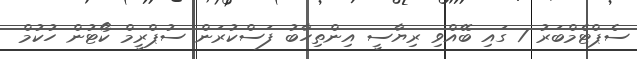
ސެޕްޓެމްބަރު 7 ގައި ބޭއްވި ރިޔާސީ އިންތިހާބު ފަސްކުރަން ސުޕްރީމް ކޯޓުން ހުކުމް